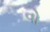
વો